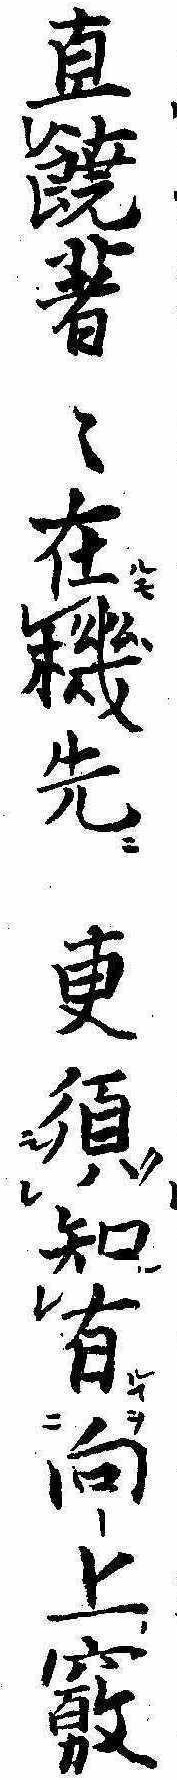
直鐃著々在機先更須知有向－上竅